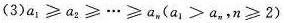
(3)$$a _ { 1 } ≥ a _ { 2 } ≥ … ≥ a _ { n } ( a _ { 1 } ≥ a _ { n } ， n ≥ 2 )$$